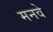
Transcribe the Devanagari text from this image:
मनवे